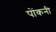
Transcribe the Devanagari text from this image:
पोंकनी